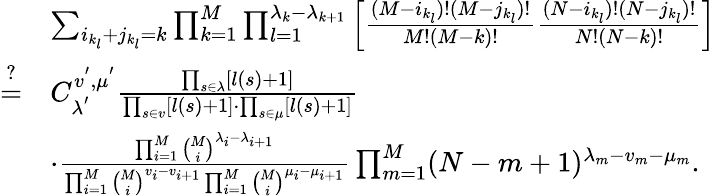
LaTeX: \begin{array}{rl}&{\sum_{i_{k_{l}}+j_{k_{l}}=k}\prod_{k=1}^{M}\prod_{l=1}^{\lambda_{k}-\lambda_{k+1}}\left[\frac{(M-i_{k_{l}})!(M-j_{k_{l}})!}{M!(M-k)!}\frac{(N-i_{k_{l}})!(N-j_{k_{l}})!}{N!(N-k)!}\right]}\\ {\stackrel{?}{=}}&{C_{\lambda^{'}}^{v^{'},\mu^{'}}\frac{\prod_{s\in\lambda}[l(s)+1]}{\prod_{s\in v}[l(s)+1]\cdot\prod_{s\in\mu}[l(s)+1]}}\\ &{\cdot\frac{\prod_{i=1}^{M}\binom{M}{i}^{\lambda_{i}-\lambda_{i+1}}}{\prod_{i=1}^{M}\binom{M}{i}^{v_{i}-v_{i+1}}\prod_{i=1}^{M}\binom{M}{i}^{\mu_{i}-\mu_{i+1}}}\prod_{m=1}^{M}(N-m+1)^{\lambda_{m}-v_{m}-\mu_{m}}.}\end{array}